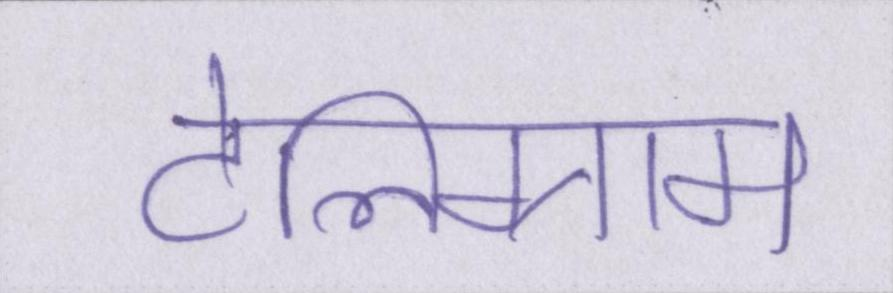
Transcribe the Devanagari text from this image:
टेलिग्राम